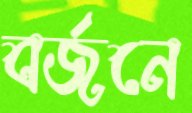
বর্জনে